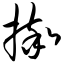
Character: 摔